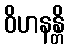
ဝိဟနန္တိ